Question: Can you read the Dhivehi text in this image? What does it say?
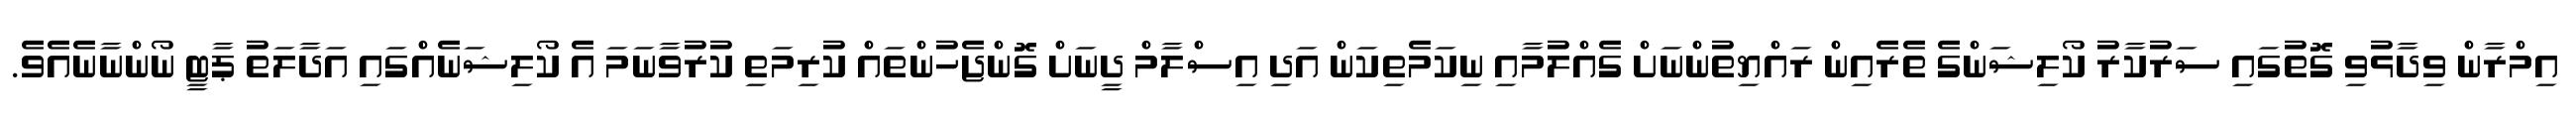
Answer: އިމްރާން ވިދާޅުވި ގޮތުގައި ސަރުކާރު ކޯލިޝަންގެ ތެރެއިން ރައްޔިތުންނަށް ގެއްލުމާއި ނިކަމެތިކަން އަދި އިސްލާމް ދީނަށް ގޮންޖެހުންތައް ކުރިމަތި ކުރުވާނަމަ އެ ކޯލިޝަނެއްގައި އަދާލަތު ޕާޓީ ނޯންނާނެއެވެ.